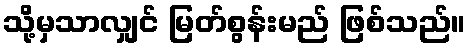
သို့မှသာလျှင် မြတ်စွန်းမည် ဖြစ်သည်။